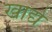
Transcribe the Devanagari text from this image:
खाद्ये